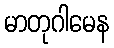
မာတုဂါမေန